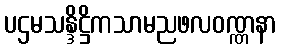
ပဌမသန္ဒိဋ္ဌိကသာမညဖလဝဏ္ဏနာ